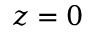
z = 0